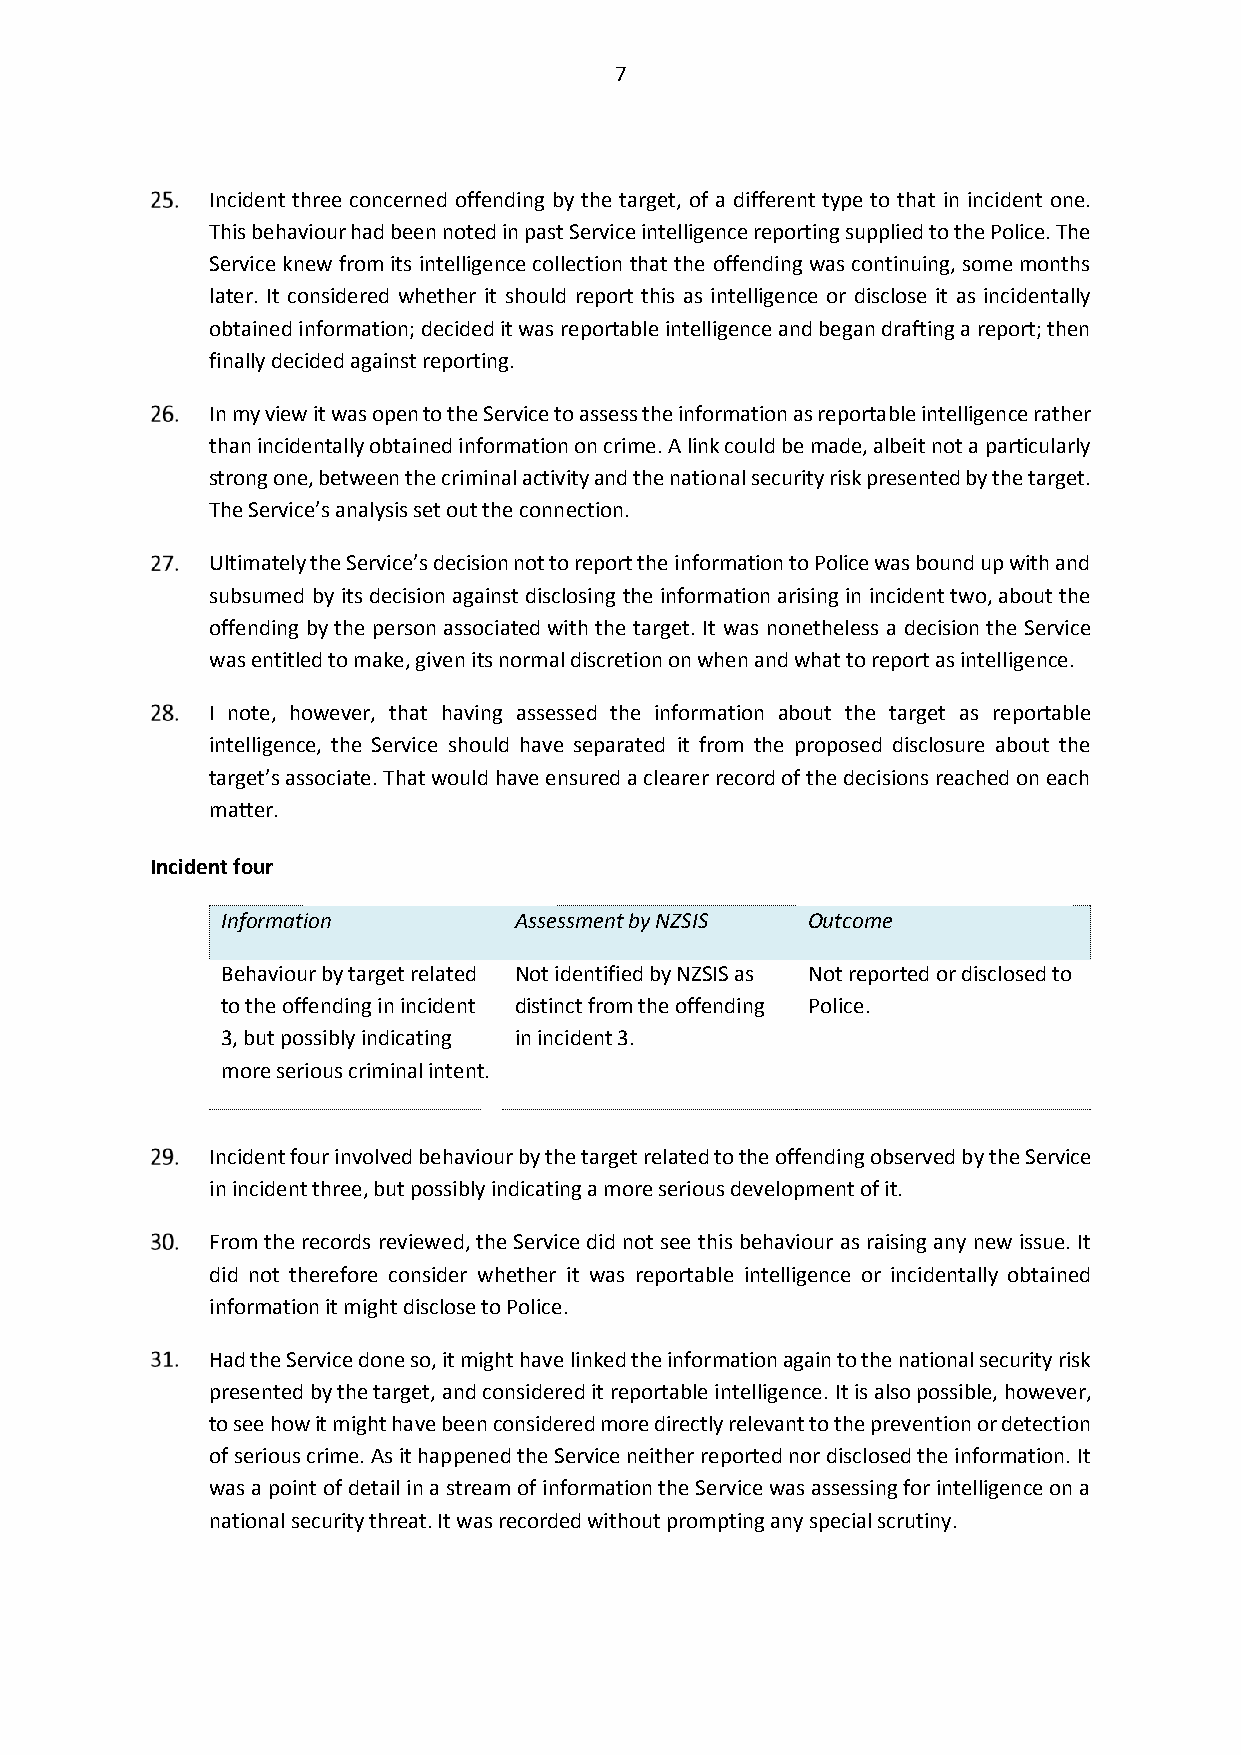
7
 Incident three concerned offending by the target, of a different type to that in incident one.
 This behaviour had been noted in past Service intelligence reporting supplied to the Police. The
 Service knew from its intelligence collection that the offending was continuing, some months
 later. It considered whether it should report this as intelligence or disclose it as incidentally
 obtained information; decided it was reportable intelligence and began drafting a report; then
 finally decided against reporting.
 In my view it was open to the Service to assess the information as reportable intelligence rather
 than incidentally obtained information on crime. A link could be made, albeit not a particularly
 strong one, between the criminal activity and the national security risk presented by the target.
 The Service’s analysis set out the connection.
 Ultimately the Service’s decision not to report the information to Police was bound up with and
 subsumed by its decision against disclosing the information arising in incident two, about the
 offending by the person associated with the target. It was nonetheless a decision the Service
 was entitled to make, given its normal discretion on when and what to report as intelligence.
 I note, however, that having assessed the information about the target as reportable
 intelligence, the Service should have separated it from the proposed disclosure about the
 target’s associate. That would have ensured a clearer record of the decisions reached on each
 matter.
 Incident four
 Information        Assessment by NZSIS Outcome
 Behaviour by target related Not identified by NZSIS as Not reported or disclosed to
 to the offending in incident distinct from the offending Police.
 3, but possibly indicating in incident 3.
 more serious criminal intent.
 Incident four involved behaviour by the target related to the offending observed by the Service
 in incident three, but possibly indicating a more serious development of it.
 From the records reviewed, the Service did not see this behaviour as raising any new issue. It
 did not therefore consider whether it was reportable intelligence or incidentally obtained
 information it might disclose to Police.
 Had the Service done so, it might have linked the information again to the national security risk
 presented by the target, and considered it reportable intelligence. It is also possible, however,
 to see how it might have been considered more directly relevant to the prevention or detection
 of serious crime. As it happened the Service neither reported nor disclosed the information. It
 was a point of detail in a stream of information the Service was assessing for intelligence on a
 national security threat. It was recorded without prompting any special scrutiny.